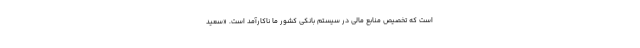
است که تخصیص منابع مالی در سیستم بانکی کشور ما ناکارآمد است. «سعید